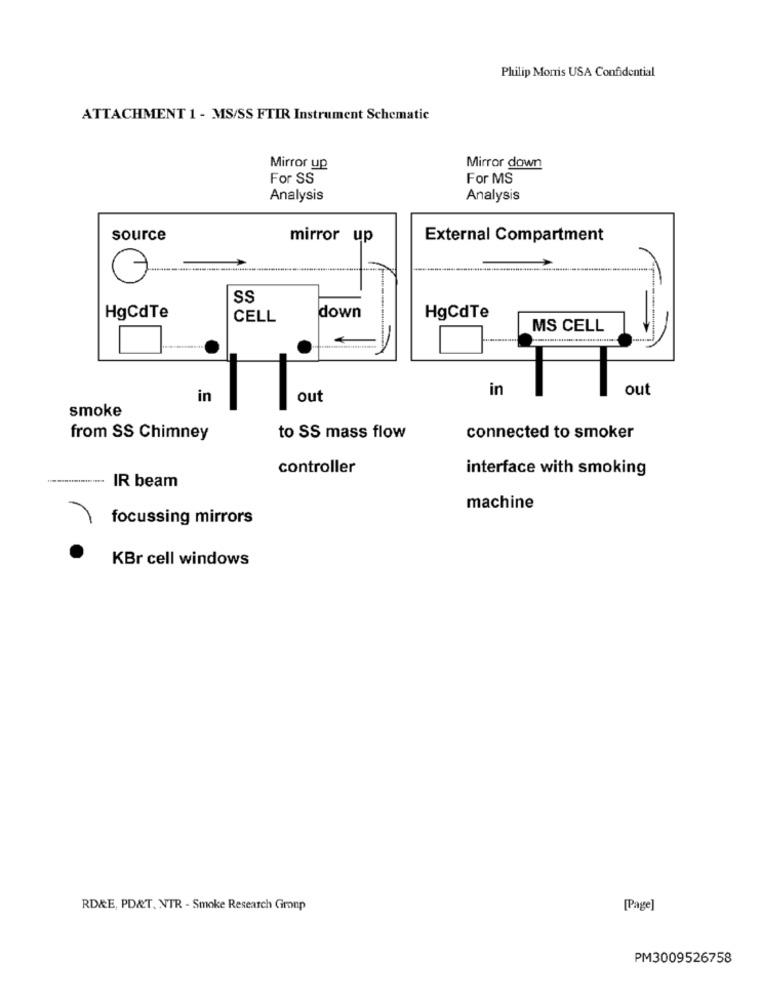
Philip Morris USA Confidential
ATTACHMENT 1 - MS/SS FTIR Instrument Schematic
Mirror up
Mirror down
For SS
For MS
Analysis
Analysis
source
mirror up
External Compartment
SS
HgCdTe
CELL
down
HgCdTe
MS CELL
in
out
in
out
smoke
from SS Chimney
to SS mass flow
connected to smoker
controller
interface with smoking
IR beam
machine
focussing mirrors
KBr cell windows
RD&E, PD&T. NTR - Smoke Research Group
[Page]
PM3009526758